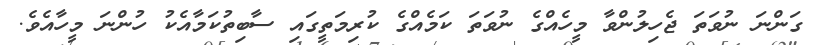
ގަންނަ ނުވަތަ ޖެހިލުންވާ މީހެއްގެ ނުވަތަ ކަމެއްގެ ކުރިމަތީގައި ސާބިތުކަމާއެކު ހުންނަ މީހާއެވެ.